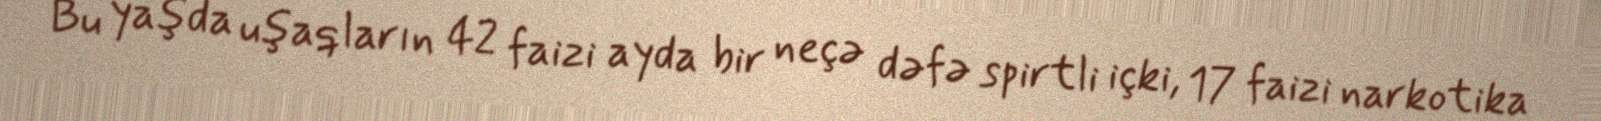
Bu yaşda uşaqların 42 faizi ayda bir neçə dəfə spirtli içki, 17 faizi narkotika